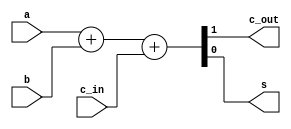
// Title: Single bit Full Adder V 1.0 (No Changelog)
// Updated: 
//---------------------------------------------------------------------------
// This is a Verilog file that define a Full Adder.
// 
//
//---------------------------------------------------------------------------
module fullAdder (   
    input   a,              // The three-bit inputs to the Full Adder
    input   b,
    input   c_in,
    output  c_out,              // The two-bit outputs to the Full Adder
    output  s 
);
    
        assign {c_out, s} = a + b + c_in;    
            // Actual operation is to map it to FA Std Cell

endmodule